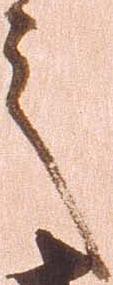
之